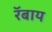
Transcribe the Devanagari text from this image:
रॅबाय